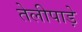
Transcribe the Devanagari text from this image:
तेलीपाड़े